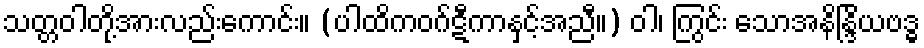
သတ္တဝါတို့အားလည်းကောင်း။ (ပါထိကဝဂ်ဋီကာနှင့်အညီ။) ဝါ၊ ကြွင်း သောအနိန္ဒြိယဗဒ္ဓ